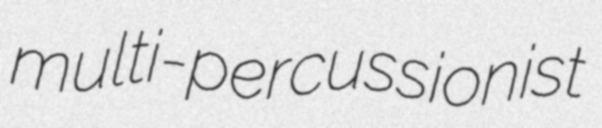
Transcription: multi-percussionist